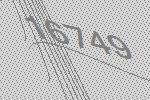
16749